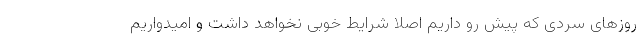
روزهای سردی که پیش رو داریم اصلا شرایط خوبی نخواهد داشت و امیدواریم